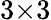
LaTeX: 3{\times}3